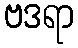
ဗဒရာ